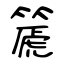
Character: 篪